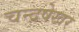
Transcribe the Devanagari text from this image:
चन्द्रषेखर